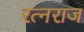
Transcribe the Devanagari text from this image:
रत्नराज